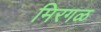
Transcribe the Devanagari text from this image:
मिरगळ